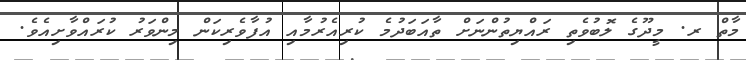
މާތް ރ. މީދޫގެ ލޮބުވެތި ރައްޔިތުންނަށް ތާއަބަދުމެ ކުރިއެރުމާއި އުފާވެރިކަން މިންވަރު ކުރައްވާށިއެވެ.